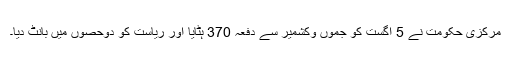
مرکزی حکومت نے 5 اگست کو جموں وکشمیر سے دفعہ 370 ہٹایا اور ریاست کو دوحصوں میں بانٹ دیا۔